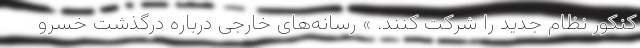
کنکور نظام جدید را شرکت کنند. » رسانه‌های خارجی درباره درگذشت خسرو